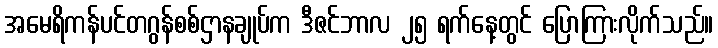
အမေရိကန်ပင်တဂွန်စစ်ဌာနချုပ်က ဒီဇင်ဘာလ ၂၅ ရက်နေ့တွင် ပြောကြားလိုက်သည်။